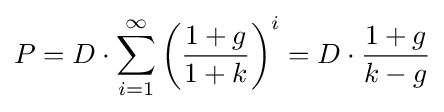
P=D\cdot \sum _{i=1}^{\infty }\left({\frac {1+g}{1+k}}\right)^{i}=D\cdot {\frac {1+g}{k-g}}